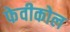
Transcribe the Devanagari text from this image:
फेवीकोल